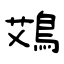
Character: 鴱